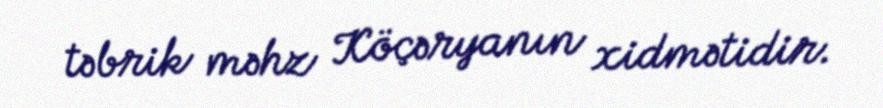
təbrik məhz Köçəryanın xidmətidir.